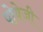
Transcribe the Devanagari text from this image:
पोयेजी